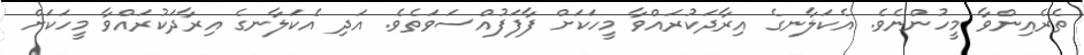
ތެރެއިންވާ މީހުންނެވެ. އެކަލާނގެ އިރާދަކުރައްވާ މީހަކަށް ފާފަފުއްސަވަތެވެ. އަދި އެކަލާނގެ އިރާދަކުރައްވާ މީހަކަށް